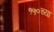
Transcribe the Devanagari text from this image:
१५०च्या